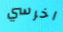
اخرسي